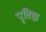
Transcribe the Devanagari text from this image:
पृतिष्ठा